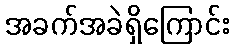
အခက်အခဲရှိကြောင်း